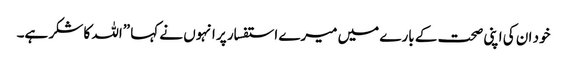
خود ان کی اپنی صحت کے بارے میں میرے استفسار پر انہوں نے کہا ”اللہ کا شکر ہے۔